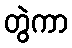
တွဲကာ